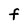
Character: F